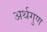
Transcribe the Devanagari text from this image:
अर्थगुण